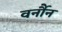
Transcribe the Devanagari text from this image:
वर्नौन